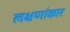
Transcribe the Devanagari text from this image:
लक्षणांकार